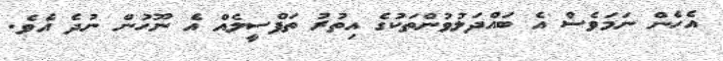
އެހެން ނަމަވެސް އެ ބައްދަލުވުންތަކުގެ އިތުރު ތަފްސީލެއް އެ ނޫހުން ނުދެ އެވެ.